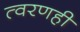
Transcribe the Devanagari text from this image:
त्वरणही